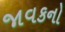
જાવકનો